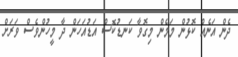
ދެން އަނެއް ކޮޅުން މަމެން މިގޮވާ ކަނޑުކޮސް އަޑުއަހަން ދާ މީހުންވެސް ވަރަށް